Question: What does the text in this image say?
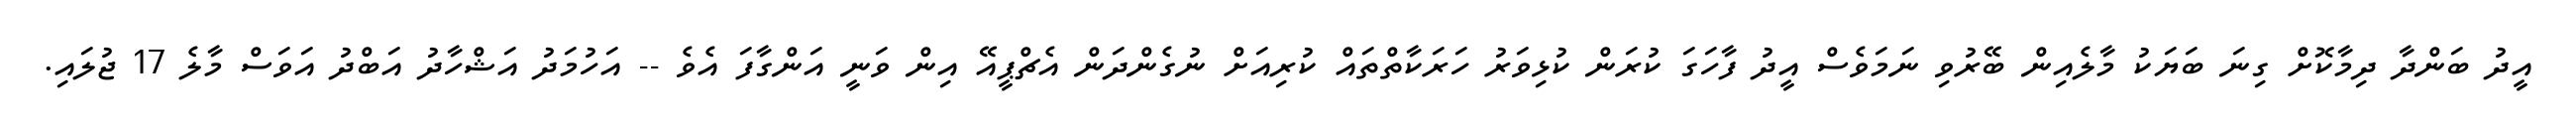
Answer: އީދު ބަންދާ ދިމާކޮށް ގިނަ ބަޔަކު މާލެއިން ބޭރުވި ނަމަވެސް އީދު ފާހަގަ ކުރަން ކުޅިވަރު ހަރަކާތްތައް ކުރިއަށް ނުގެންދަން އެޗްޕީއޭ އިން ވަނީ އަންގާފަ އެވެ -- އަހުމަދު އަޝްހާދު އަބްދު އަވަސް މާލެ 17 ޖުލައި.